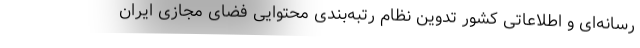
رسانه‌ای و اطلاعاتی کشور تدوین نظام رتبه‌بندی محتوایی فضای مجازی ایران